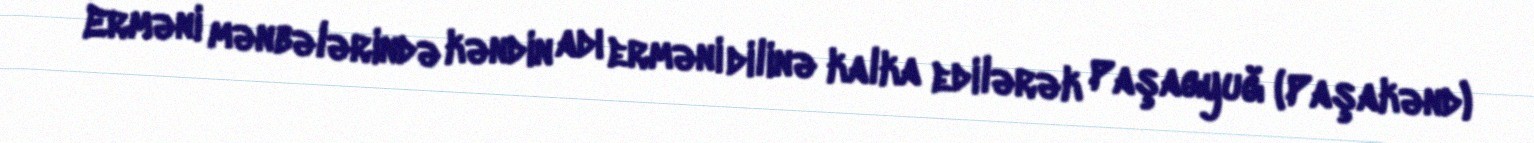
Erməni mənbələrində kəndin adı erməni dilinə kalka edilərək Paşagyuğ (Paşakənd)